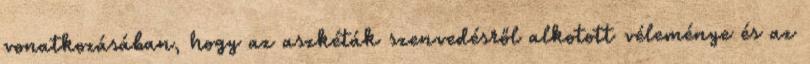
vonatkozásában, hogy az aszkéták szenvedésről alkotott véleménye és az